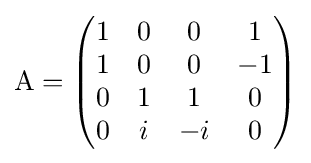
\mathrm {A} ={\begin{pmatrix}1&0&0&1\\1&0&0&-1\\0&1&1&0\\0&i&-i&0\\\end{pmatrix}}